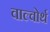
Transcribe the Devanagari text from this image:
वाल्वोर्थ